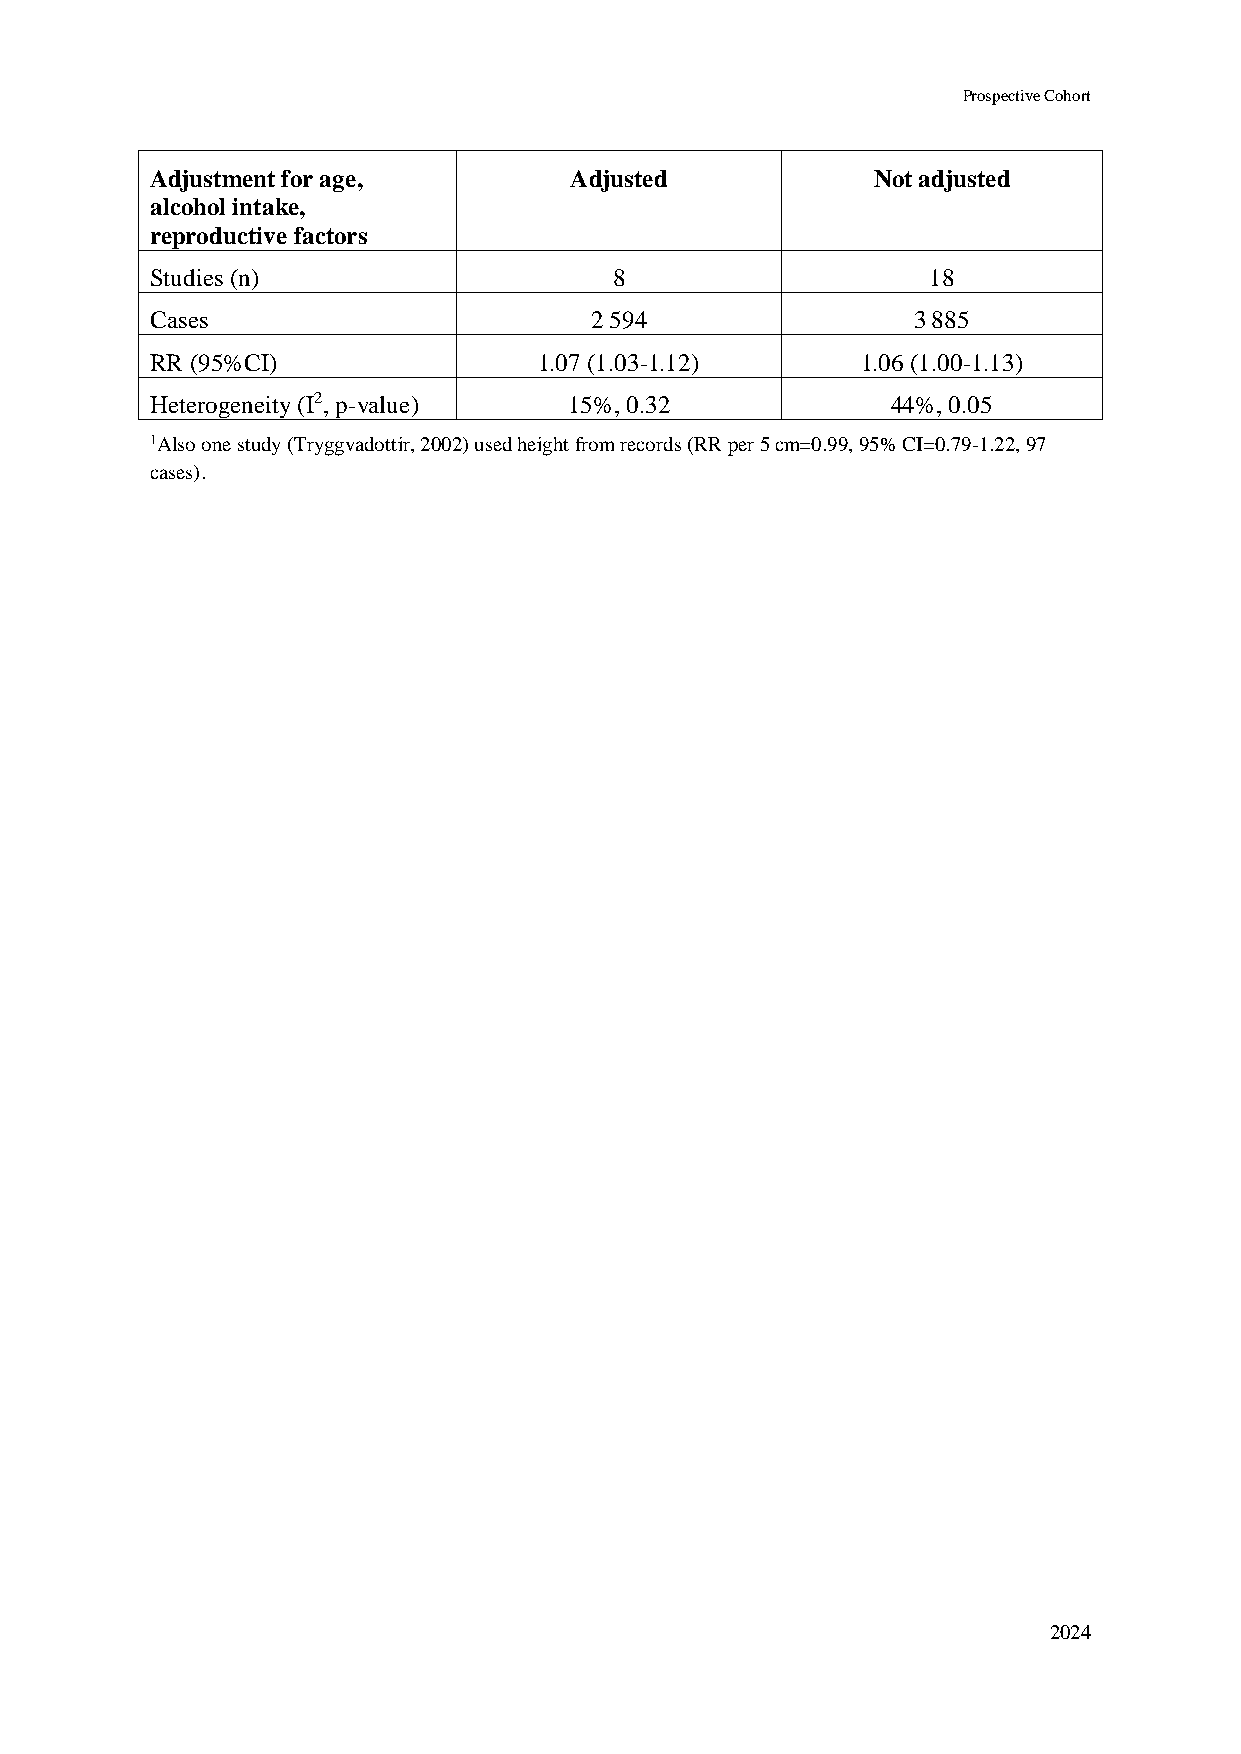
Prospective Cohort
 Adjustment for age,         Adjusted            Not adjusted
 alcohol intake,
 reproductive factors
 Studies (n)                    8                    18
 Cases                        2 594                3 885
 RR (95%CI)                1.07 (1.03-1.12)     1.06 (1.00-1.13)
 Heterogeneity (I2, p-value) 15%, 0.32            44%, 0.05
 1Also one study (Tryggvadottir, 2002) used height from records (RR per 5 cm=0.99, 95% CI=0.79-1.22, 97
 cases).
 2024